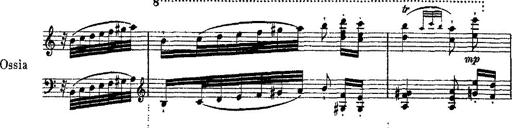
Title: Ã‰tudes d'exÃ©cution transcendante d'aprÃ¨s Paganini
Composer: Franz Liszt